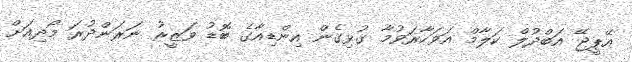
އޭޕީޖޭ އަބްދުލް ކަލާމް އަވަހާރަވުމާ ގުޅިގެން އިންޑިއާގެ ބޮޑު ވަޒީރު ނަރަންދުރަ މޯދިއަށް